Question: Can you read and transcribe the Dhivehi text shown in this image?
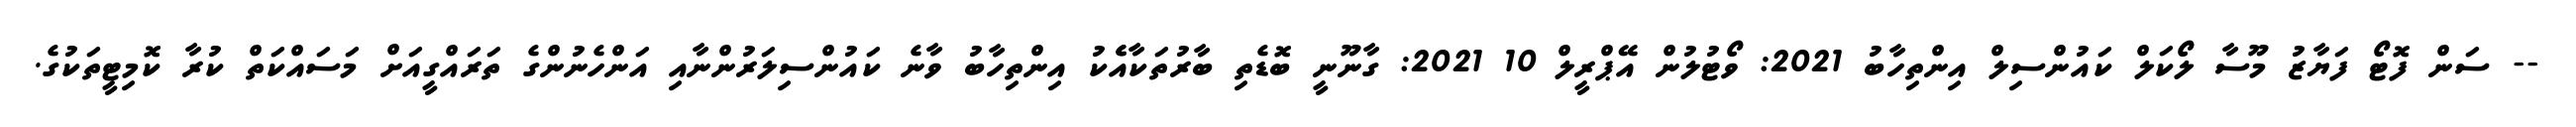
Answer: -- ސަން ފޮޓޯ ފަޔާޒު މޫސާ ލޯކަލް ކައުންސިލް އިންތިހާބު 2021: ވޯޓުލުން އޭޕްރީލް 10 2021: ގާނޫނީ ބޮޑެތި ބާރުތަކާއެެކު އިންތިހާބު ވާނެ ކައުންސިލަރުންނާއި އަންހެނުންގެ ތަރައްގީއަށް މަސައްކަތް ކުރާ ކޮމިޓީތަކުގެ.